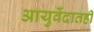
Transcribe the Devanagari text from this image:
आयुर्वेदातही